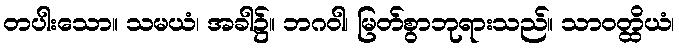
တပါးသော။ သမယံ၊ အခါ၌။ ဘဂဝါ၊ မြတ်စွာဘုရားသည်။ သာဝတ္ထိယံ၊